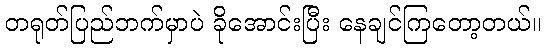
တရုတ်ပြည်ဘက်မှာပဲ ခိုအောင်းပြီး နေချင်ကြတော့တယ်။